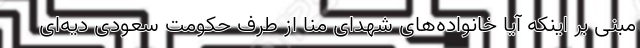
مبنی بر اینکه آیا خانواده‌های شهدای منا از طرف حکومت سعودی دیه‌ای